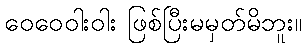
ဝေဝေဝါးဝါး ဖြစ်ပြီးမမှတ်မိဘူး။